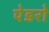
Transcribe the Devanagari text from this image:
पेडरो